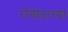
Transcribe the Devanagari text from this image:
रोबोटाच्या